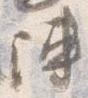
陣